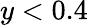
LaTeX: y<0.4